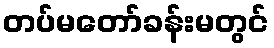
တပ်မတော်ခန်းမတွင်